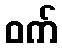
ဝက်